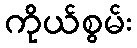
ကိုယ်စွမ်း